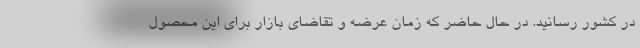
در کشور رسانید. در حال حاضر که زمان عرضه و تقاضای بازار برای این محصول